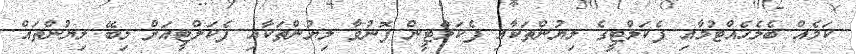
ކަމެއް ބެލެހެއްޓުމާއި ފެކަލްޓީގެ ލިޔުންތަކާއި ފެކަލްޓީން ފޮނުވާ ލިޔުންތަކާއި ފެކަލްޓީއަށް ލިބޭ ލިޔުންތައް